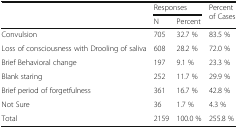
| <ROWSPAN=2>  | <COLSPAN=2> Responses | <ROWSPAN=2> Percent of Cases |
 | N | Percent |
 | --- | --- | --- | --- |
 | Convulsion | 705 | 32.7 % | 83.5 % |
 | Loss of consciousness with Drooling of saliva | 608 | 28.2 % | 72.0 % |
 | Brief Behavioral change | 197 | 9.1 % | 23.3 % |
 | Blank staring | 252 | 11.7 % | 29.9 % |
 | Brief period of forgetfulness | 361 | 16.7 % | 42.8 % |
 | Not Sure | 36 | 1.7 % | 4.3 % |
 | Total | 2159 | 100.0 % | 255.8 % |